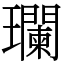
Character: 瓓